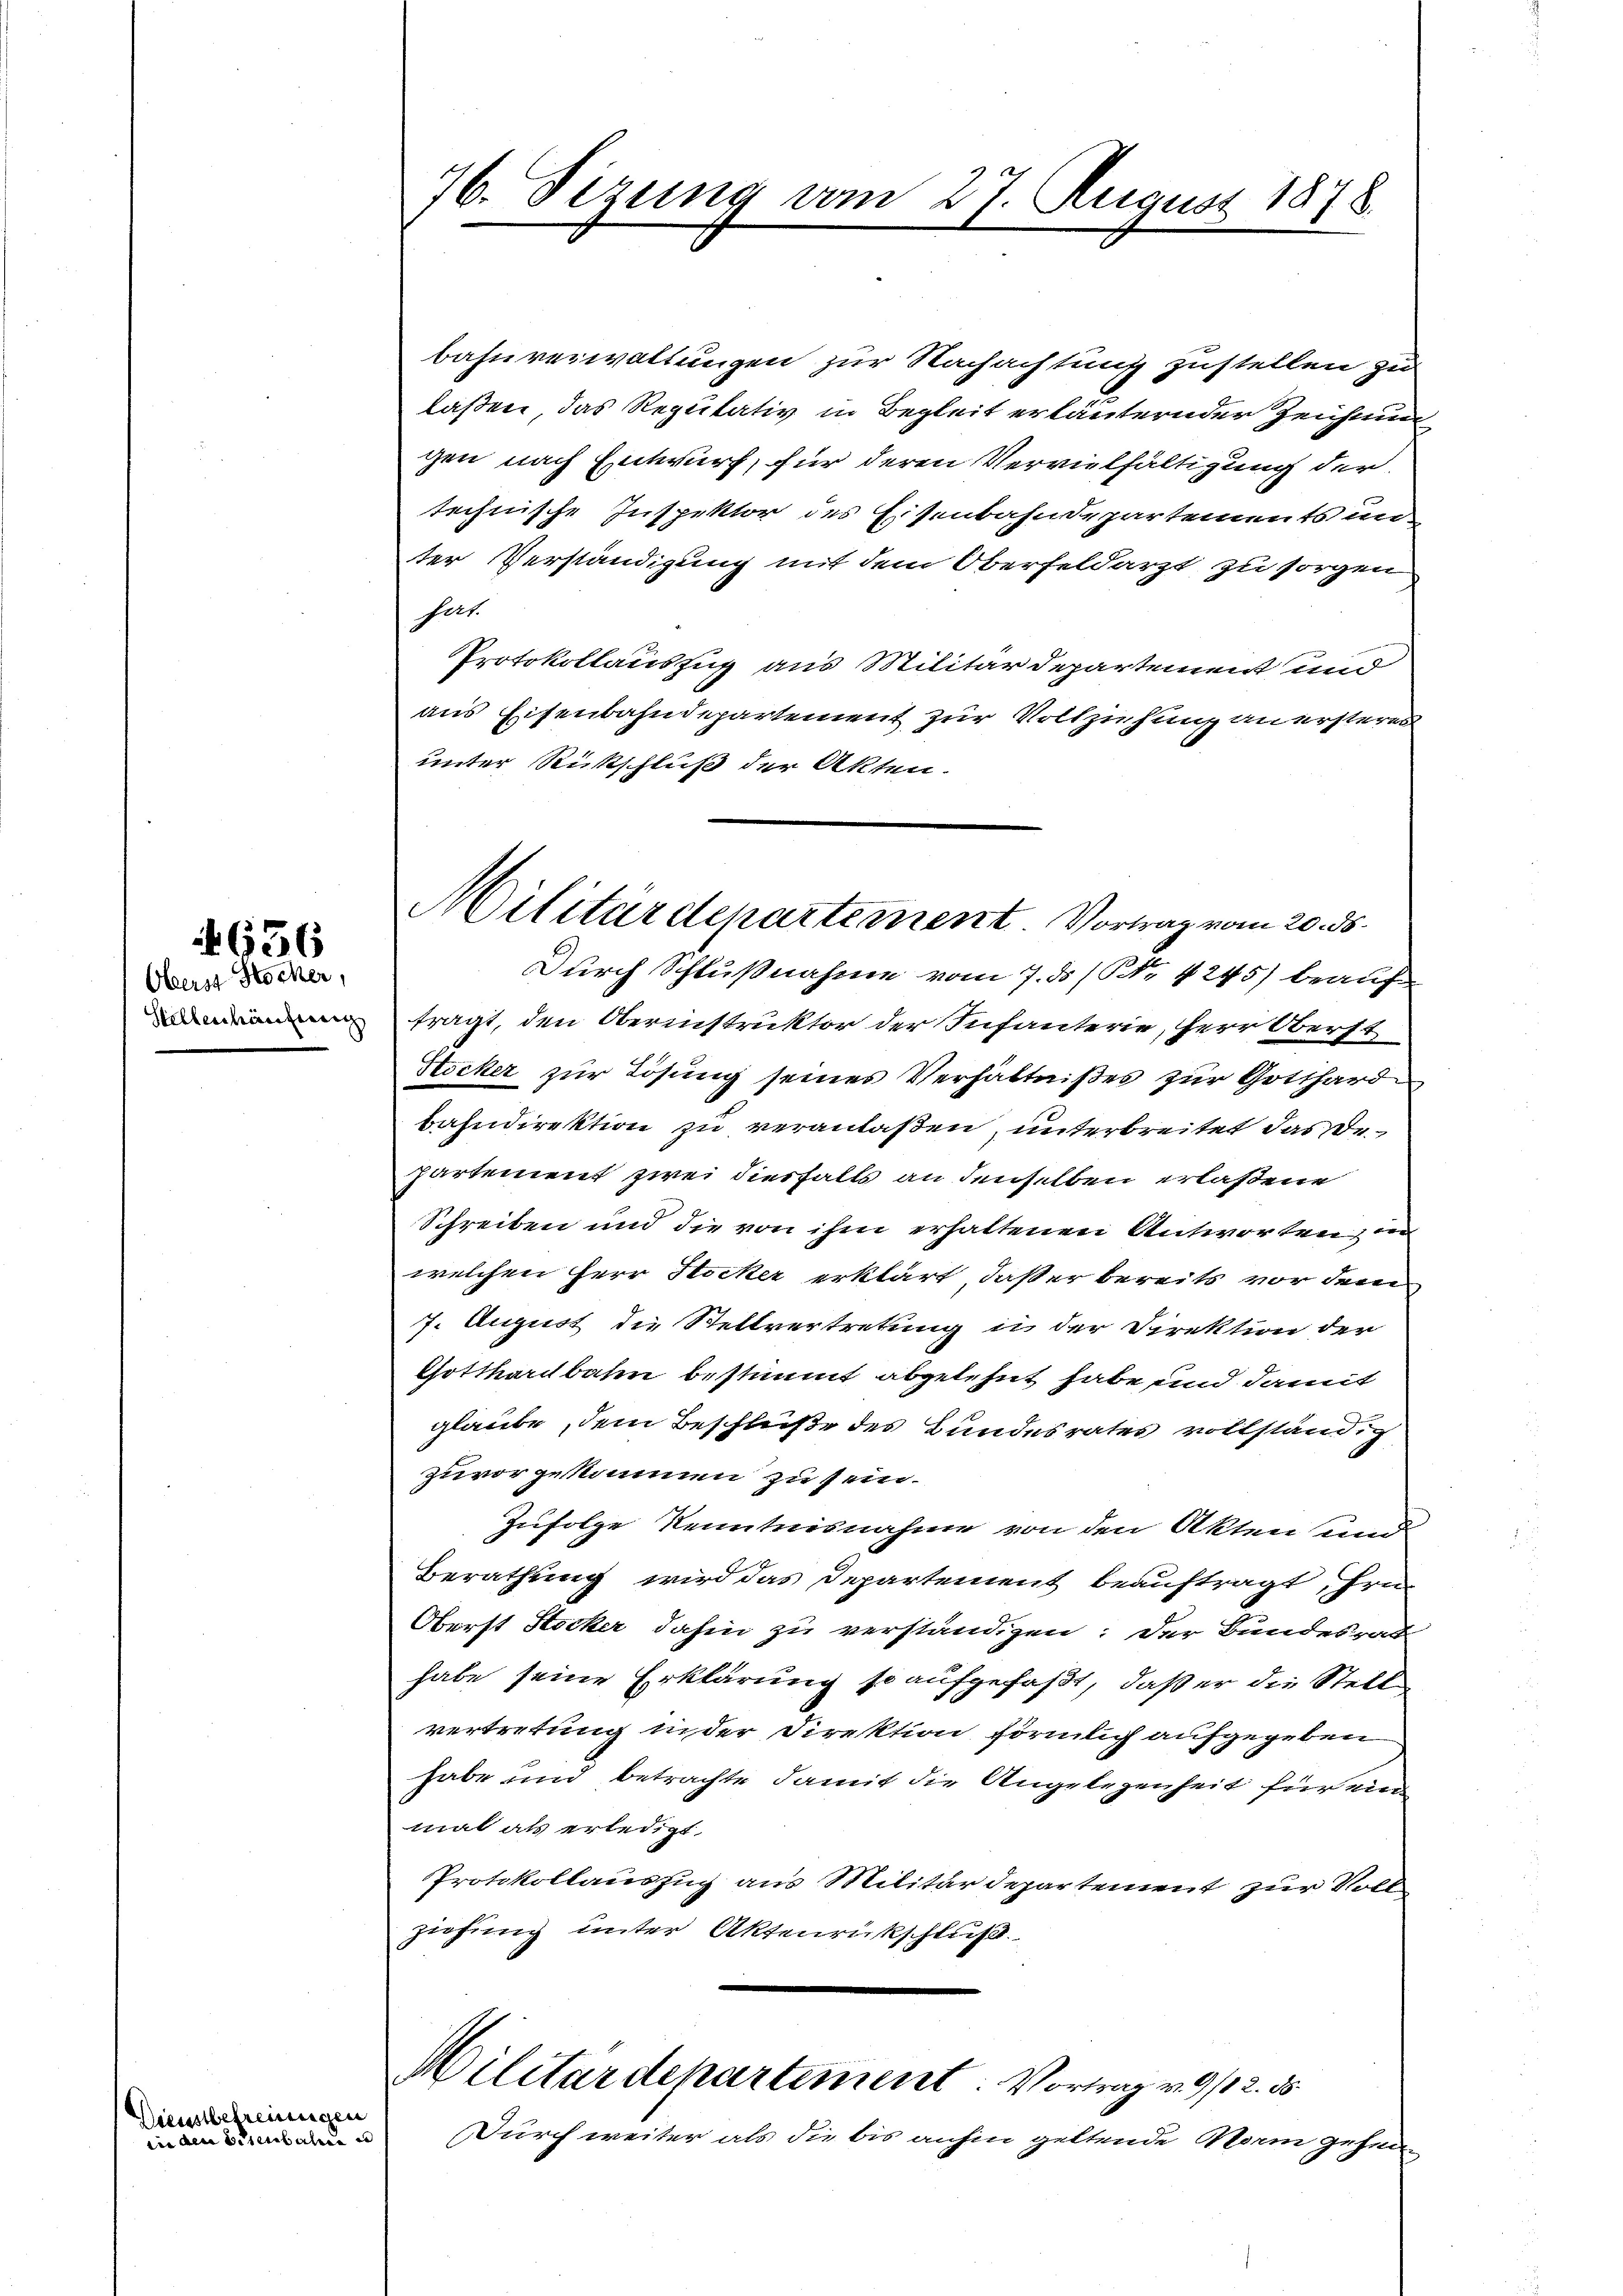
636

Oberst Hocher,
Stellenhäufung

Dienstbefreinigen
zin den Eisenbahnen er

76. Sezung vom 27. August 1848.

Militärdepartement Vortrag vom 20. ds.
Durch Schlußnahme vom 7. ds / NNo. 4245) beauf

bahnverwaltungen zur Nachachtung zustellen zu
laßen, das Reputativ in Begleit erläuternder Zeichnung
gen nach Entwurf, für deren Vervielfältigung der
technische Inspektor des Eisenbahndepartements un
ter Verständigung mit dem Oberfeldarzt zu sorgen
hat.
Protokollauszug aus Militärdepartement und
aus Eisenbahndepartement zur Vollzuhung an ersteres
unter Rückschluß der Akten.
fragt, den Oberinstruktor der Infanterie, Herr Oberst
Stocker zur Lösung seines Verhältnißes zur Gotthard
bahndirektion zu veranlaßen, unterbreitet das Bepartement zwei diesfalls an denselben erlaßene
Schreiben und die von ihm erhaltenen Antworten, in
welchen Herr Stocker erklärt, daß er bereits vor dem
7. August die Stellvertretung in der Direktion der
Gotthardbaten bestimmt abgelehnt habe und damit
glaube, dem Beschlüße des Bundesrates vollständig
zuvorzukommen zu sein.
Zufolge Kenntnisnahme von den Akten und
Berathung wird das Departement beauftragt, Hrn
Oberst Stocker dahin zu verständigen: Der Bundesrat
habe seine Erklärung so aufgefaßt, daß er die Stell
vertretung inder Direktion förmlich aufgegeben
habe und betrachte damit die Angelegenheit für ein
mal als erledigt,
Protokollauszug aus Militärdepartement zur Vort
ziehung unter Aktenrückschluß
Militärdepartement: Vortrag v. 9/12. 35
Durch weiter als die bis anhin geltende Norm gehei